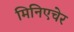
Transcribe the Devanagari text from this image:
मिनिएचेर